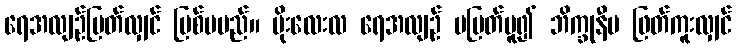
ရေအလျဉ်ပြတ်လျှင် မြစ်မမည်။ မိုးလေးလ ရေအလျဉ် မပြတ်မူ၍ ဘိက္ခုနီမ ဖြတ်ကူးလျှင်